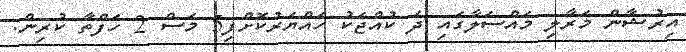
އިރުޝާން މަރާލި މައްސަލާގައި ދެ ކުއްޖަކު ހައްޔަރުކޮށްފި5 މަސް 2 ހަފްތާ ކުރިން.